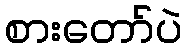
စားတော်ပဲ